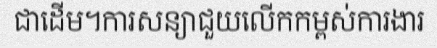
ជាដើម។ការសន្យាជួយលើកកម្ពស់ការងារ